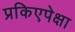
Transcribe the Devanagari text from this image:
प्रकिएपेक्षा